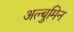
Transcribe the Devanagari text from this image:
अल्बुमिन